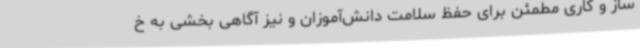
ساز و کاری مطمئن برای حفظ سلامت دانش‌آموزان و نیز آگاهی بخشی به خ